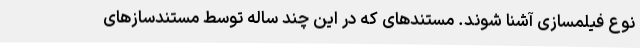
نوع فیلمسازی آشنا شوند. مستندهای که در این چند ساله توسط مستندسازهای